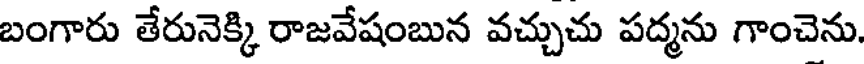
బంగారు తేరునెక్కి రాజవేషంబున వచ్చుచు పద్మను గాంచెను.